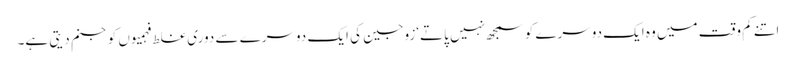
اتنے کم وقت میں وہ ایک دوسرے کوسمجھ نہیں پاتے‘زوجین کی ایک دوسرے سے دوری غلط فہمیوں کوجنم دیتی ہے۔